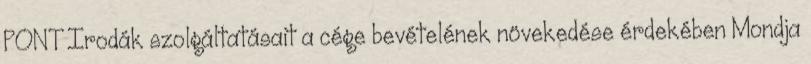
PONT Irodák szolgáltatásait a cége bevételének növekedése érdekében Mondja